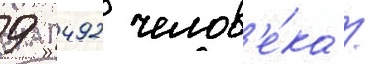
9 492 челов'е́ка /